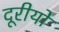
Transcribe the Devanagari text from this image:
दूरीयों